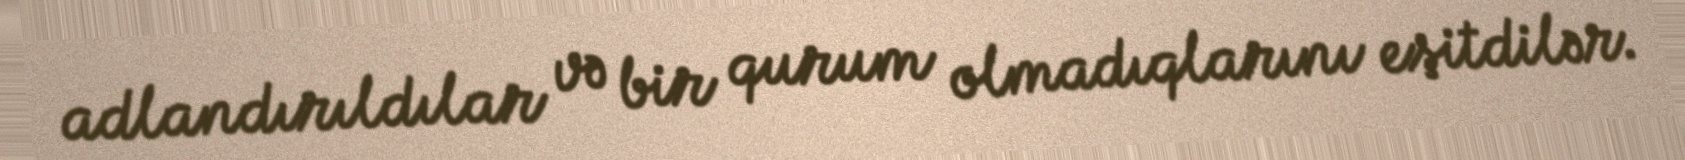
adlandırıldılar və bir qurum olmadıqlarını eşitdilər.